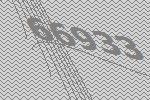
66933